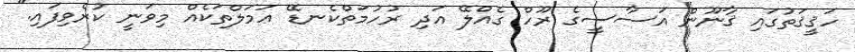
ހަޤީޤަތުގައި ޤާނޫން އަސާސީގެ ރޫހް ގެއްލޭ އަދި ރުހުމަތްކެނޑޭ ޢަމަލްތަކެއް މިވަނީ ކުރެވިފައި."